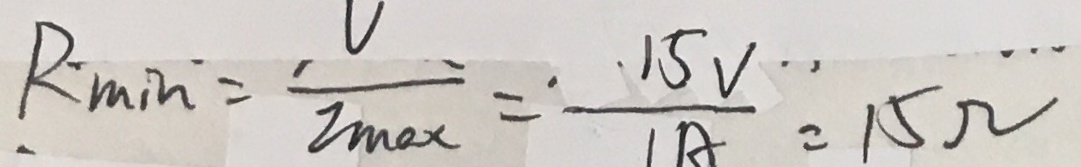
R _ { \min } = \frac { V } { 2 \max } = \frac { 1 5 V } { 1 A } = 1 5 \Omega